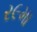
ર૯મા